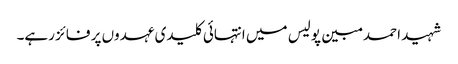
شہید احمد مبین پولیس میں انتہائی کلیدی عہدوں پر فائز رہے۔